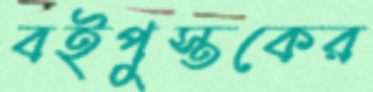
বইপুস্তকের